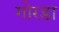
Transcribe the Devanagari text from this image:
गोरडा